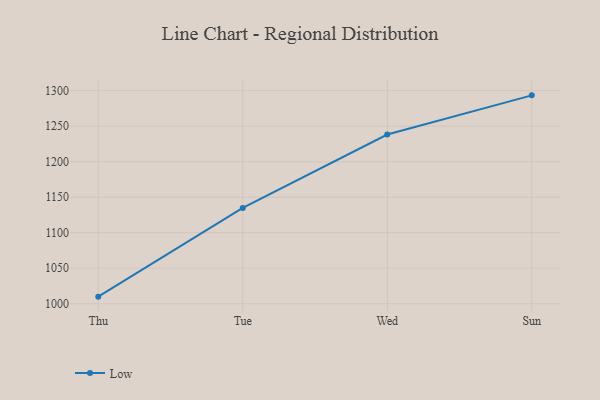
{"axis": {"x": "Day", "y": "Page Views"}, "legend": ["Low"], "data": [{"x": "Thu", "y": 1010.0, "type": "Low"}, {"x": "Tue", "y": 1134.9, "type": "Low"}, {"x": "Wed", "y": 1238.2, "type": "Low"}, {"x": "Sun", "y": 1293.4, "type": "Low"}]}